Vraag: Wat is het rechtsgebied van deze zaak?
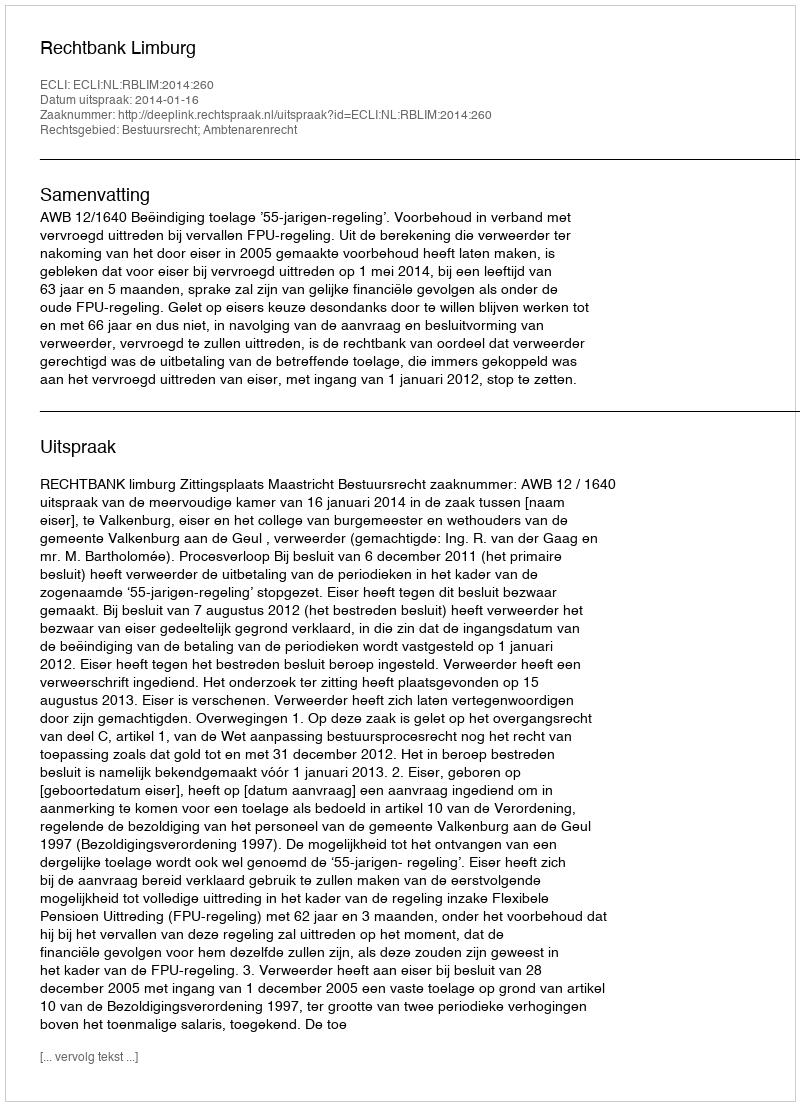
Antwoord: Bestuursrecht; Ambtenarenrecht